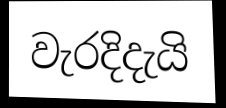
වැරදිදැයි